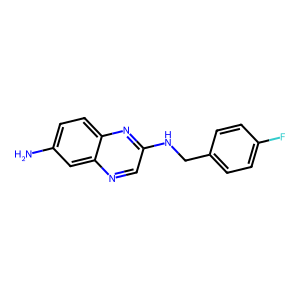
SMILES: Nc1ccc2nc(NCc3ccc(F)cc3)cnc2c1
Inhibits HIV replication: No